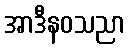
အာဒီနဝသညာ